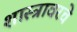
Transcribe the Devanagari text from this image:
शास्त्रावरचे